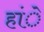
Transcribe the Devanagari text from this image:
हांे